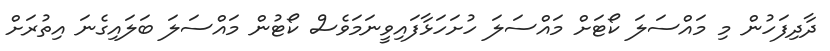
ދާދިފަހުން މި މައްސަލަ ކޯޓަށް މައްސަލަ ހުށަހަޅާފައިވީނަމަވެސް ކޯޓުން މައްސަލަ ބަލައިގެނަ އިތުރަށް